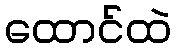
ထောင်ထဲ